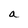
Character: a